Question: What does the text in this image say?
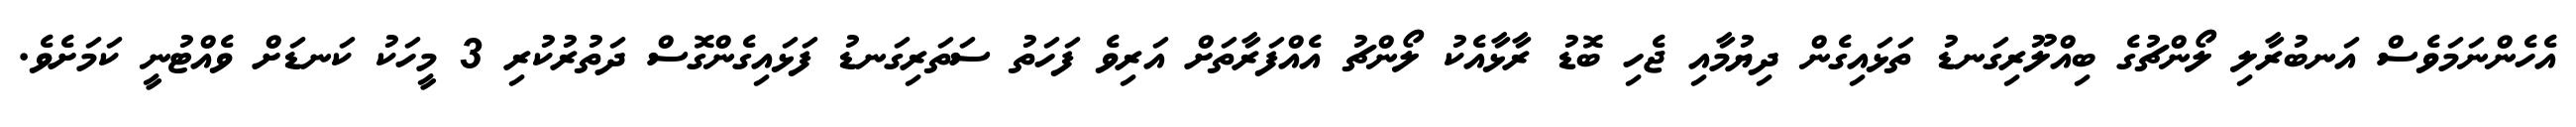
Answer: އެހެންނަމަވެސް އަނބުރާލި ލޯންޗުގެ ބިއްލޫރިގަނޑު ތަޅައިގެން ދިޔުމާއި ޖެހި ބޮޑު ރާޅާއެކު ލޯންޗު އެއްފަރާތަށް އަރިވެ ފަހަތު ސަތަރިގަނޑު ފަޅައިގެންގޮސް ދަތުރުކުރި 3 މީހަކު ކަނޑަށް ވެއްޓުނީ ކަމަށެވެ.